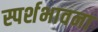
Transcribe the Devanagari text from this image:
स्पर्शभावना